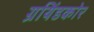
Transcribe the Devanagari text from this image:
ग्रयिंडकोर